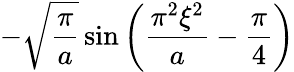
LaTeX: -{\sqrt{\frac{\pi}{a}}}\sin\left({\frac{\pi^{2}\xi^{2}}{a}}-{\frac{\pi}{4}}\right)